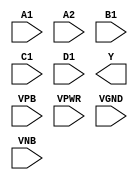
module sky130_fd_sc_ms__o2111ai (
    //# {{data|Data Signals}}
    input  A1  ,
    input  A2  ,
    input  B1  ,
    input  C1  ,
    input  D1  ,
    output Y   ,

    //# {{power|Power}}
    input  VPB ,
    input  VPWR,
    input  VGND,
    input  VNB
);
endmodule